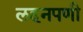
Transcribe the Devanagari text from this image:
लहनपणी